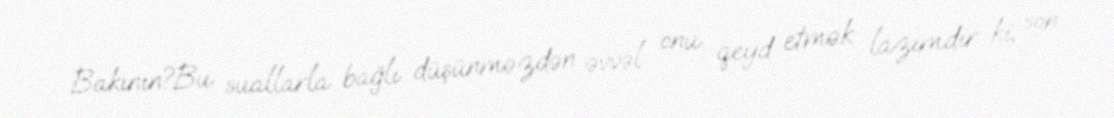
Bakının?Bu suallarla bağlı düşünməzdən əvvəl onu qeyd etmək lazımdır ki, son